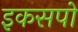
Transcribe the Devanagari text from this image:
इकसपो